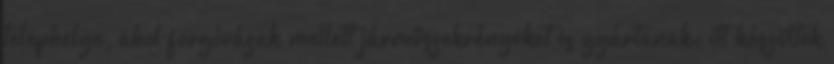
telephelye, ahol forgóvázak mellett járműszekrényeket is gyártanak: itt készültek